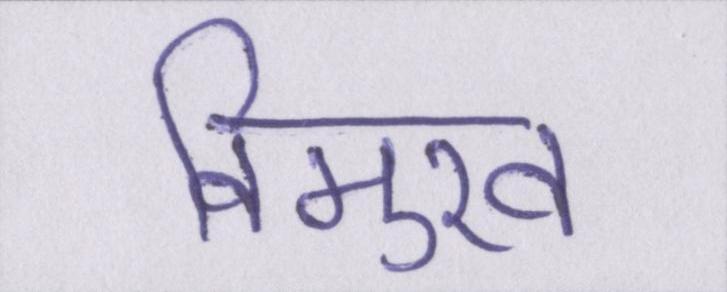
विमुख